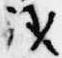
議